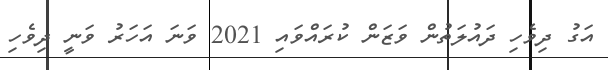
އަގު ދިވެހި ދައުލަތުން ވަޒަން ކުރައްވައި 2021 ވަނަ އަހަރު ވަނީ ދިވެހި